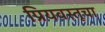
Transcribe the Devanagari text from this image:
प्रियवस्तूचा